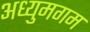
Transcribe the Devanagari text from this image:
अध्युमगम